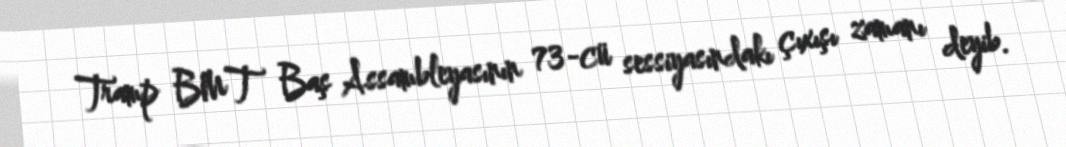
Tramp BMT Baş Assambleyasının 73-cü sessiyasındakı çıxışı zamanı deyib.